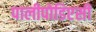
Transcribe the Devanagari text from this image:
पालीपोडिएसी